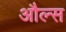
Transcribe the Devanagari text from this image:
औल्स